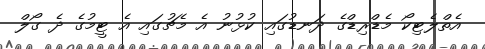
އެތްލެޓިކޯ މެޑްރިޑްގެ ދަނޑުގައި ކުޅުނު އެ މެޗުގައި އެ ޓީމުގެ ދެ ގޯލް